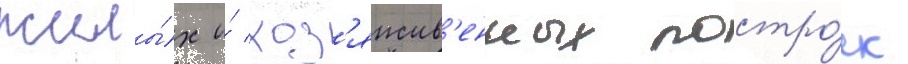
жилы́х и́ хоз'яиств'енных постро́ек